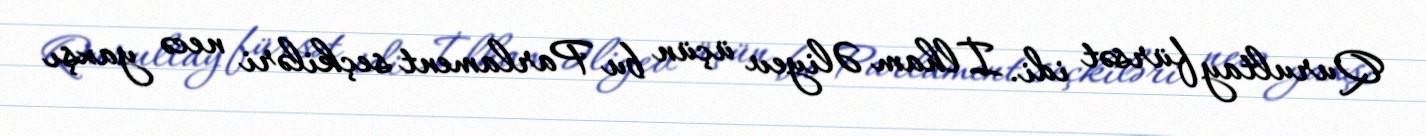
Qurultay fürsət idi. İlham Əliyev üçün bu Parlament seçkiləri necə yaxşı